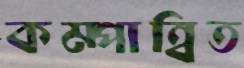
কম্পান্বিত